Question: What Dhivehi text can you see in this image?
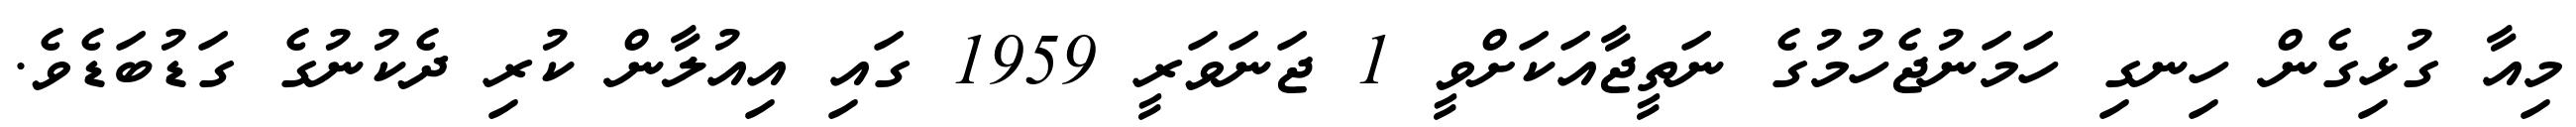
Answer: މިއާ ގުޅިގެން ހިނގި ހަމަނުޖެހުމުގެ ނަތީޖާއަކަށްވީ 1 ޖަނަވަރީ 1959 ގައި އިއުލާން ކުރި ދެކުނުގެ ގަޑުބަޑެވެ.